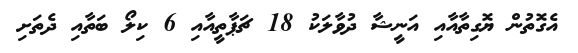
އެގޮތުން ޔޮގިތާއާއި އަނީޝާ ދުވާލަކު 18 ޗަޕާތީއާއި 6 ކިލޯ ބަތާއި ދެތަށި